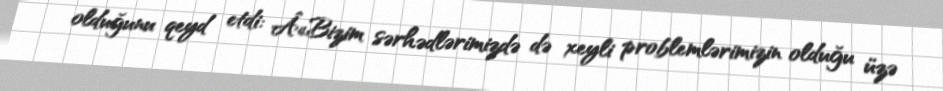
olduğunu qeyd etdi: Â«Bizim sərhədlərimizdə də xeyli problemlərimizin olduğu üzə